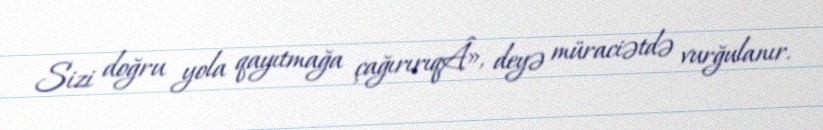
Sizi doğru yola qayıtmağa çağırırıqÂ», deyə müraciətdə vurğulanır.